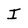
Character: I